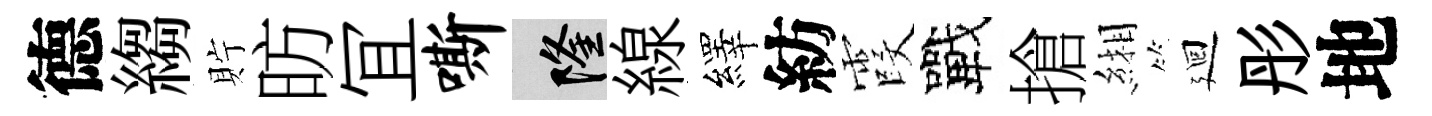
德縐貯昉冝嘶隆線繹紡霞戰搶緗廻彤地